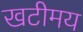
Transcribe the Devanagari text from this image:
खटीमय